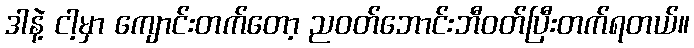
ဒါနဲ့ ငါ့မှာ ကျောင်းတက်တော့ ညဝတ်ဘောင်းဘီဝတ်ပြီးတက်ရတယ်။